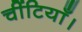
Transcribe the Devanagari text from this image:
चींटियाँ।